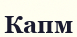
Капм